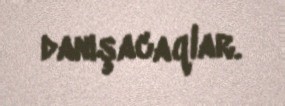
danışacaqlar.